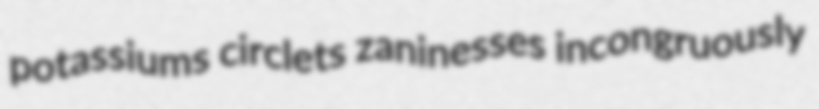
potassiums circlets zaninesses incongruously